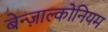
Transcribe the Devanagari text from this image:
बेन्ज़ाल्कोनियम